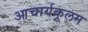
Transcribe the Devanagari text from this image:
आचार्यकूलम